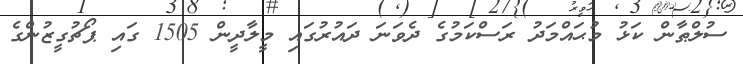
ސުލްޠާން ކަޅު މުޙައްމަދު ރަސްކަމުގެ ދެވަނަ ދައުރުގައި މީލާދީން 1505 ގައި ޕޯޗުގީޒުންގެ